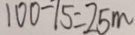
1 0 0 - 7 5 = 2 5 m